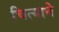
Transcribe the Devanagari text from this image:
चित्याने